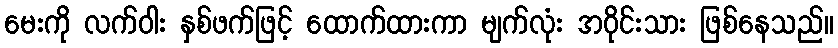
မေးကို လက်ဝါး နှစ်ဖက်ဖြင့် ထောက်ထားကာ မျက်လုံး အဝိုင်းသား ဖြစ်နေသည်။